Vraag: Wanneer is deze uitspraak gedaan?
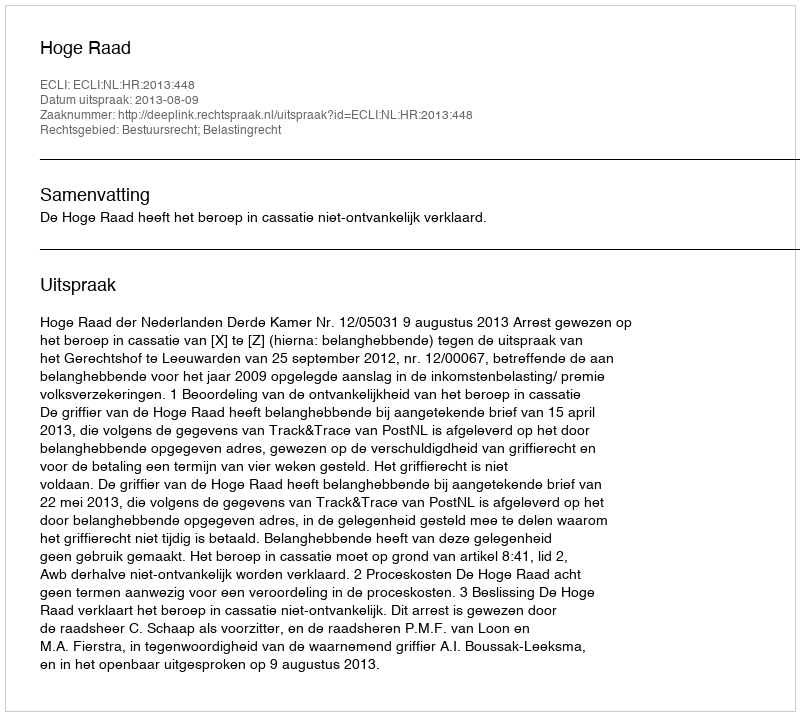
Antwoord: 2013-08-09